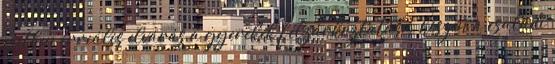
esetben irreális elvárás a gyerekek felzárkóztatása, hiszen a családi